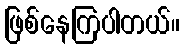
ဖြစ်နေကြပါတယ်။